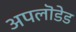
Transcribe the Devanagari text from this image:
अपलॊडेड